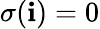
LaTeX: \sigma(\mathbf{i})=0